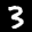
Label: 3